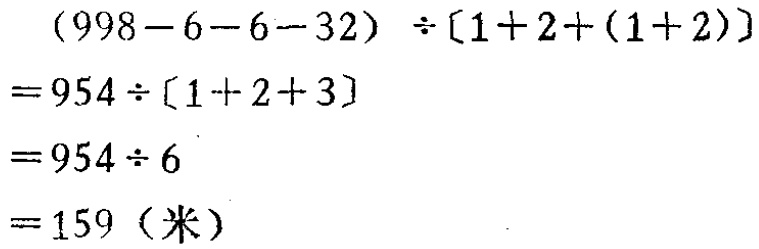
\[
\begin{align*}
&(998 - 6 - 6 - 32)\div[1 + 2+(1 + 2)]\\
=&954\div[1 + 2+ 3]\\
=&954\div6\\
=&159 (\text{米})
\end{align*}
\]